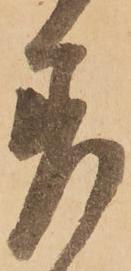
差